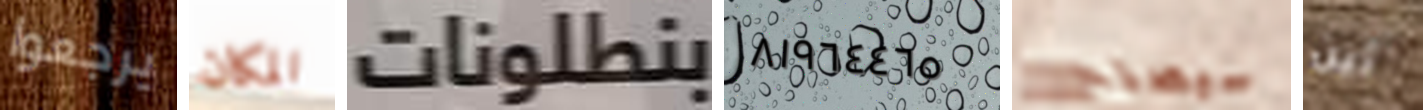
يرجعوا المكان بنطلونات ٨١٩٦٤٤٦٥ سيصلح أين